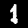
Label: 1